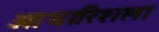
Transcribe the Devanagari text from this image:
आधारिशला